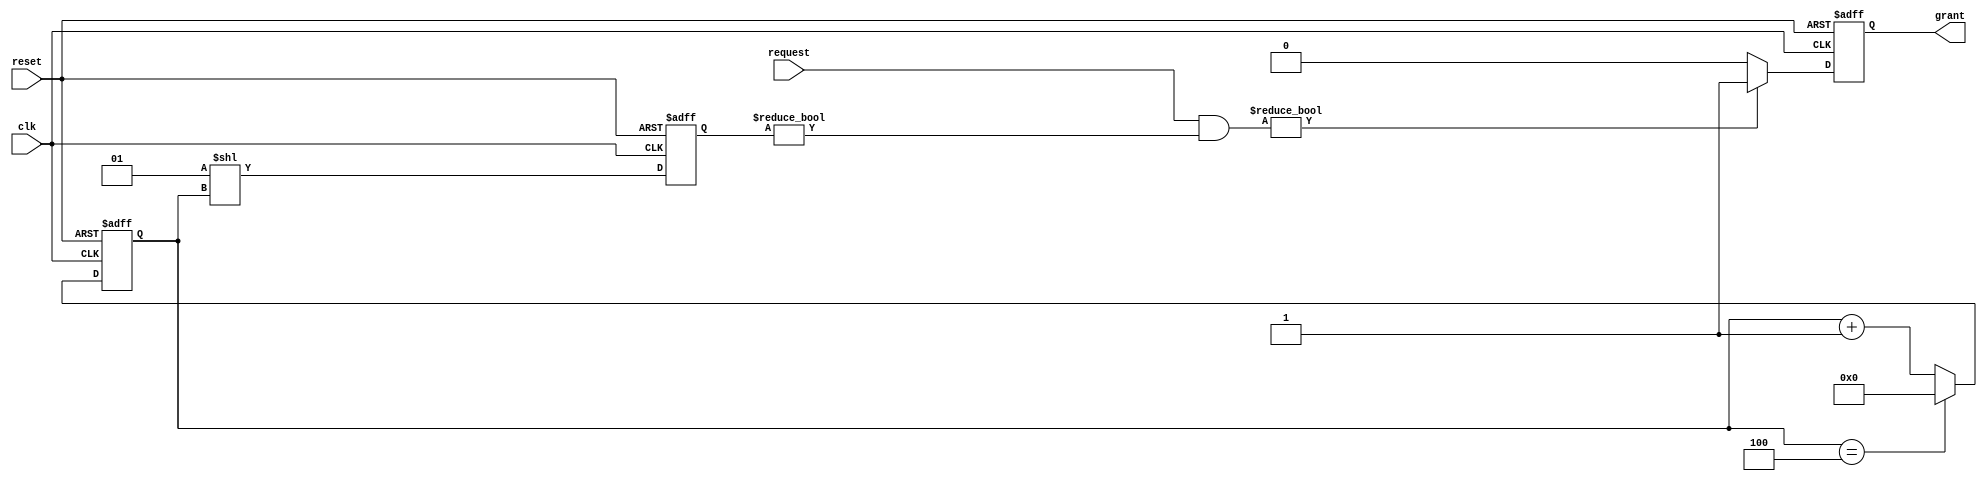
module RoundRobinArbiter (
  input wire clk,
  input wire reset,
  input wire [N-1:0] request,
  output wire grant
);

  parameter N = 4;
  
  reg [N-1:0] grant_reg;
  reg [N-1:0] priority;
  
  always @ (posedge clk or posedge reset) begin
    if (reset) begin
      grant_reg <= {N{1'b0}};
      priority <= {N{1'b0}};
    end else begin
      priority <= priority + 1;
      if (priority == N) begin
        priority <= 0;
      end
      grant_reg <= 1 << priority;
    end  
  end
  
  always @ (posedge clk or posedge reset) begin
    if (reset) begin
      grant <= 1'b0;
    end else begin
      if (request & grant_reg != 0) begin
        grant <= 1'b1;
      end else begin
        grant <= 1'b0;
      end
    end
  end

endmodule